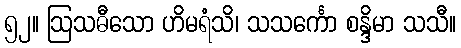
၅၂။ ဩသဓီသော ဟိမရံသိ၊ သသင်္ကော စန္ဒိမာ သသီ။